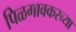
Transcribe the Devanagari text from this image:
पिळगावकरच्या